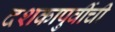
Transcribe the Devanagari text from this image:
दशकापुर्वीची